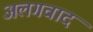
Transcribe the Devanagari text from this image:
अलगवाद